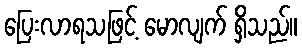
ပြေးလာရသဖြင့် မောလျက် ရှိသည်။